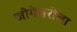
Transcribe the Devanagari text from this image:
जोगेश्वरीला